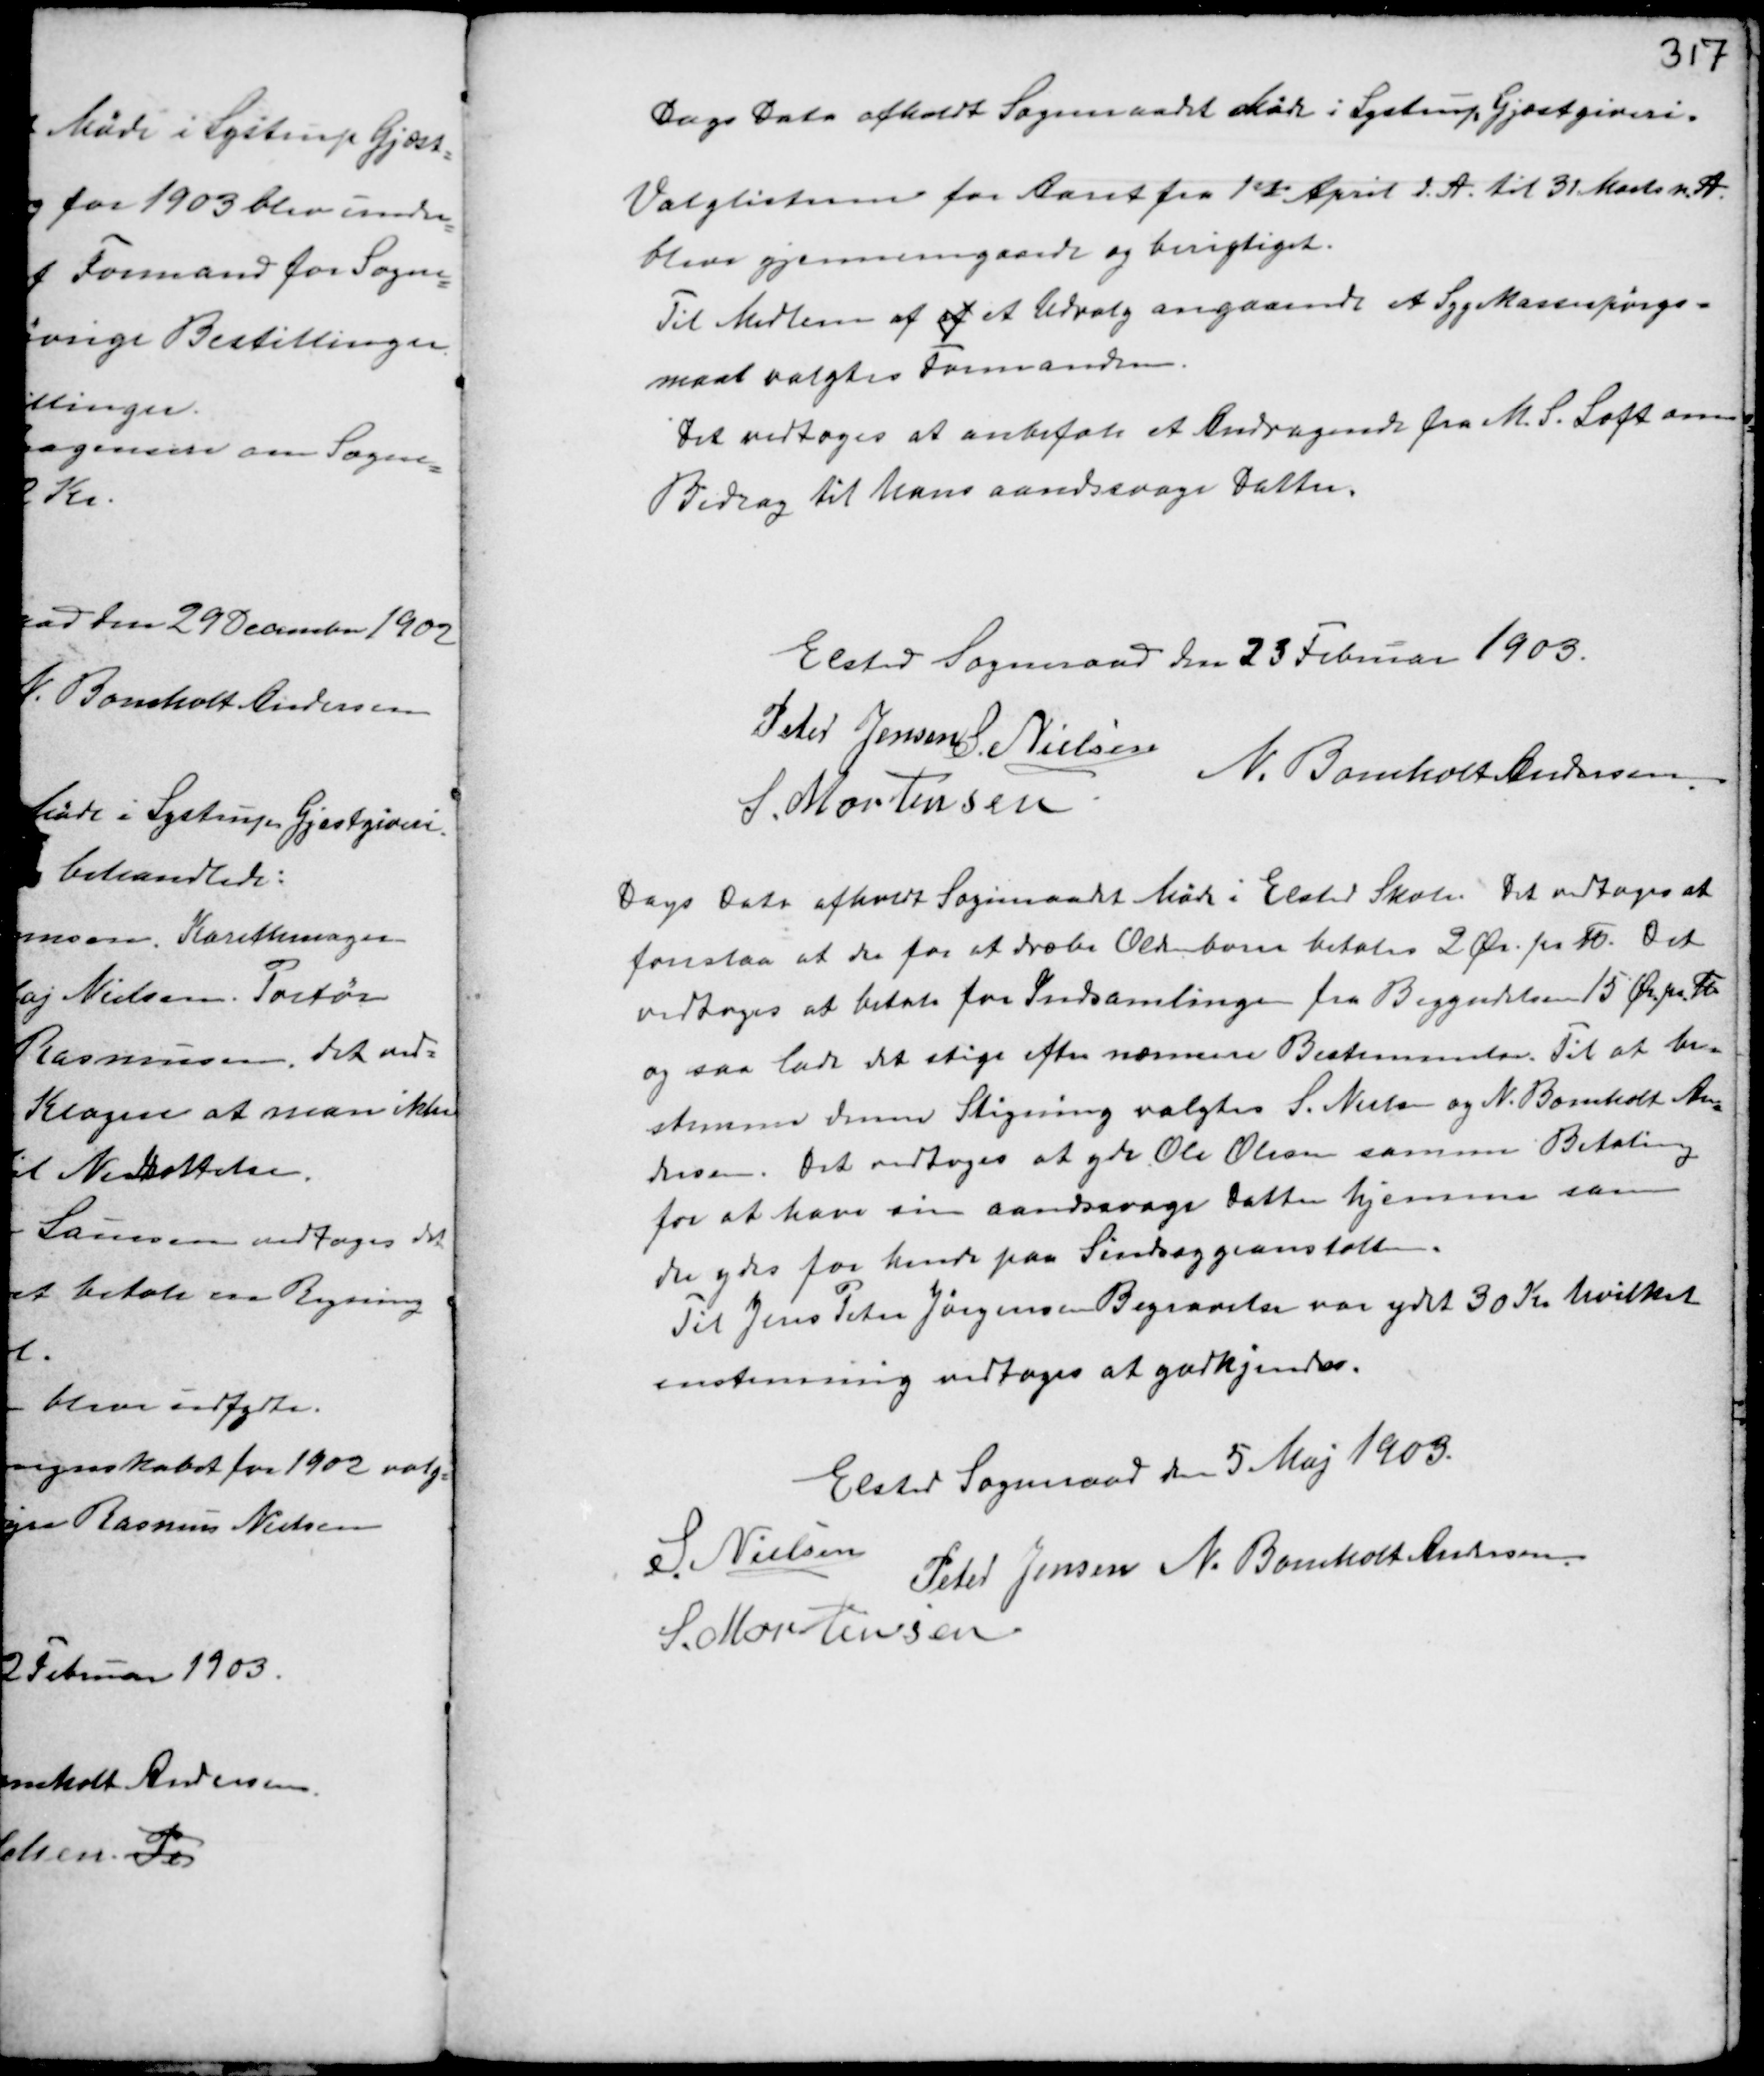
Transskription:
Dags Dato afholdt Sogneraadet Møde i Lystrup Gjæstgiveri.
Valglisterne for Aaret fra 1st April d.A. til 31 Marts n.A.
bleve gjennemgaaede og besigtiget.
Til Medlem af af et Udvalg angaaende et Sygekassespørgs-
maal valgtes Formanden.
Det vedtoges at anbefale et Andragende fra M.S. Loft som
Bidrag til hans aandsvage Datter.

Elsted Sogneraad den 23 Februar 1903.
Peter Jensen S. Nielsen
N. Bomholt Andersen
S. Mortensen

Dags Dato afholdt Sogneraadet Møde i Elsted Skole. Det vedtages at
foreslaa at der for dræbe Oldenborre betales 2 Ør. pr Td Det
vedtoges at betale for Indsamlingen fra Begyndelsen 15 Ør. pr Td
og saa lade det stige efter nærmere Bestemmelse. Til at be-
stemme denne Stigning valgtes S. Nielsen og N. Bomholt An-
dersen. Det vedtoges at yde gdr Ole Olsen samme Betaling
for at have sin aandsvage Datter hjemme som
der ydes for hende paa Sindsygeanstalten.
Til Jens Peter Jørgensens Begravelse var ydet 30 Kr hvilket
enstemmig vedtoges at godkjende.

Elsted Sogneraad den 5 Maj 1903.
S. Nielsen
Peter Jensen N. Bomholt Andersen
S. Mortensen